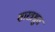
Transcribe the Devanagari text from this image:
शास्त्रश्रुत